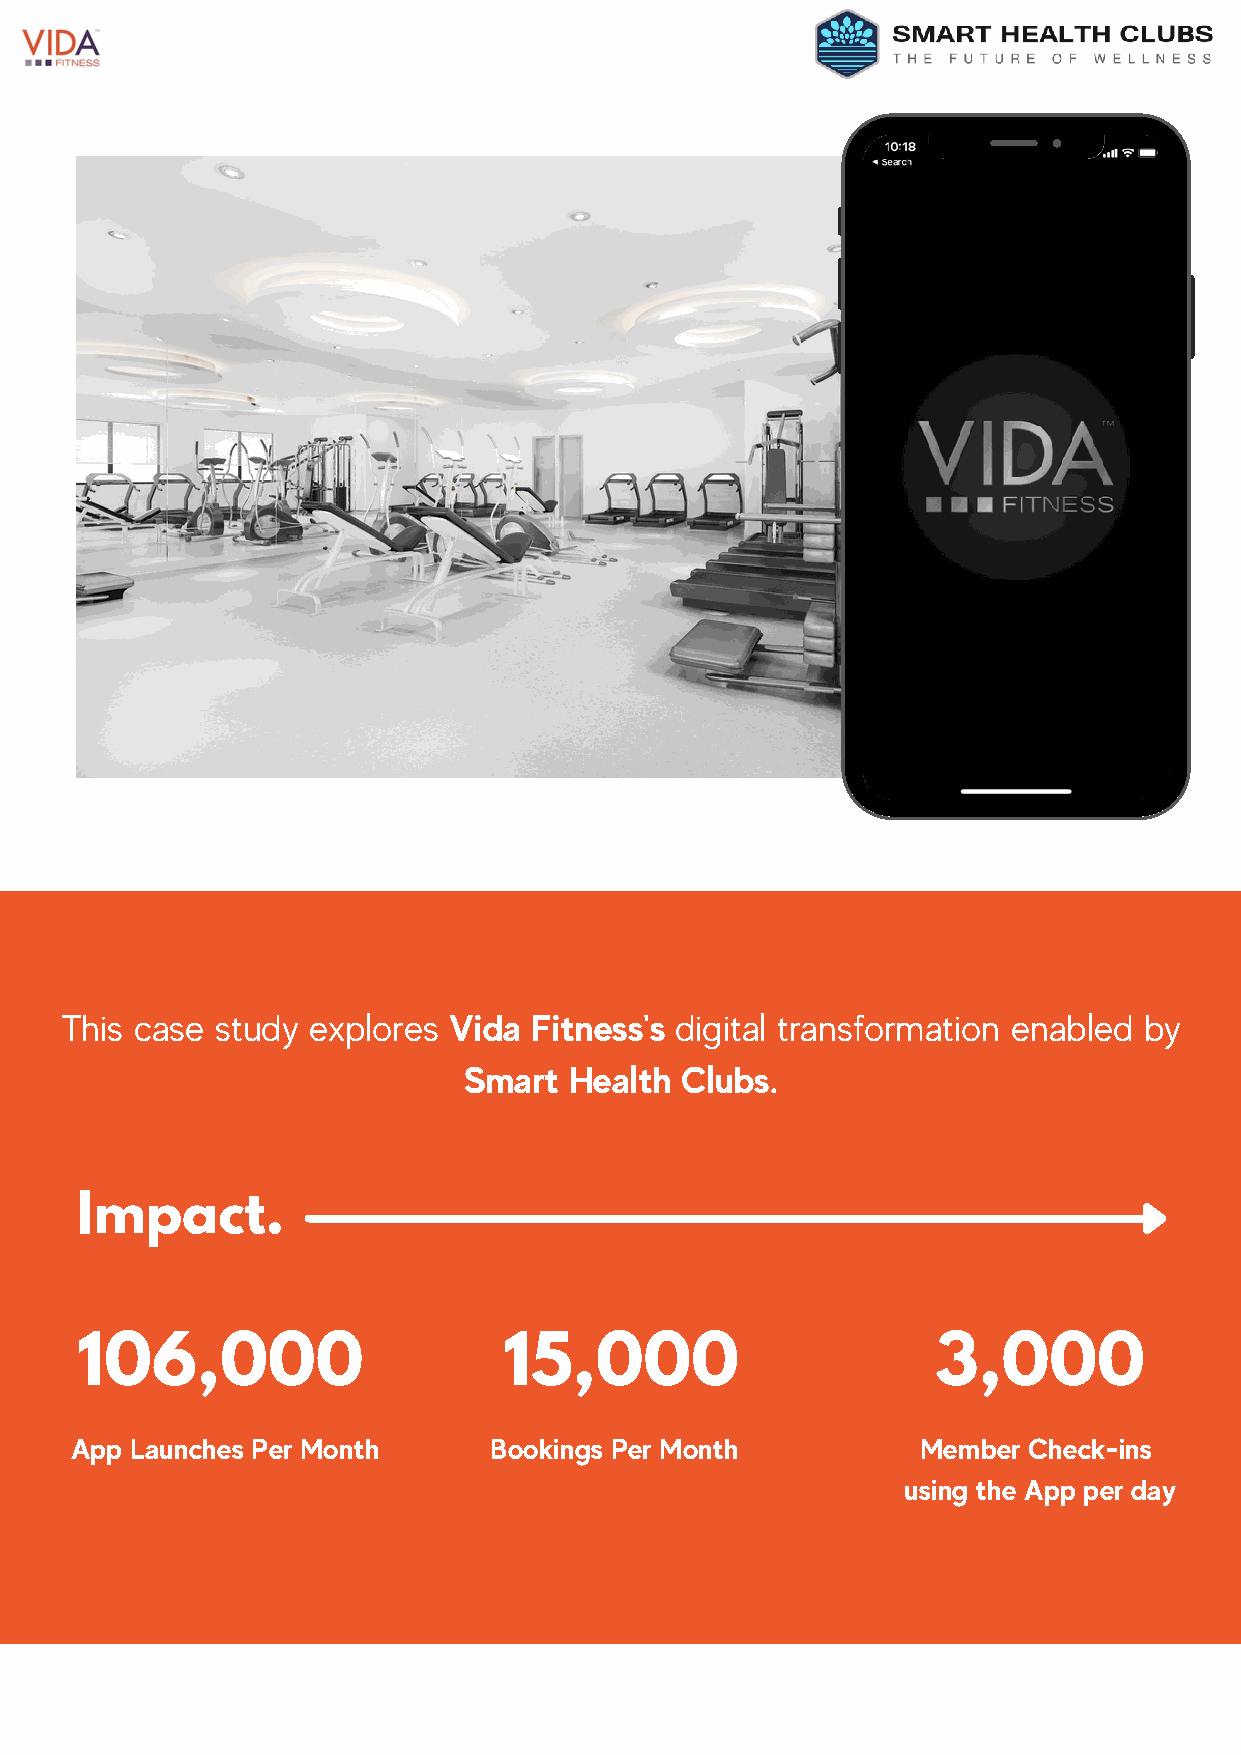
This case study explores  Vida Fitness's digital transformation enabled by
 Smart  Health Clubs.
 Impact.
 106,000                     15,000                       3,000
 App Launches Per Month     Bookings Per Month           Member Check-ins
 using the App per day